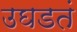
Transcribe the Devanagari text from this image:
उघडतं